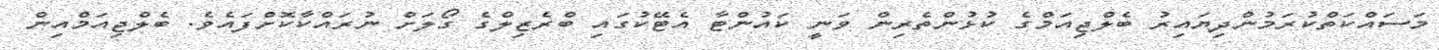
މަސައްކަތްކުރަމުންދިޔައިރު ބެލްޖިއަމްގެ ކުުޅުންތެރިން ވަނީ ކައުންޓާ އެޓޭކުގައި ބްރެޒިލްގެ ގޯލަށް ނުރައްކާކޮށްފައެވެ. ބެލްޖިއަމްއިން